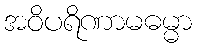
အဝိပရိဏာမဓမ္မာ